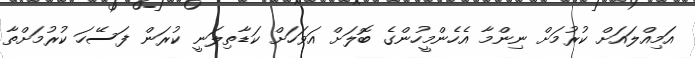
އަމިއްލައަށް ކުރުމަށް ނިންމާ އެހެންމީހުންގެ ބޮލަށް އަވަހަށް ކަޑާތިލަނީ ކުރަން ފަސޭހަ ކުރުމަށްތާ